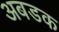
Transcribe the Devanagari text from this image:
अबडक